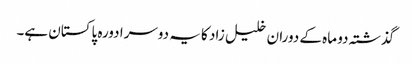
گذشتہ دو ماہ کے دوران خلیل زاد کا یہ دوسرا دورہ پاکستان ہے۔